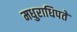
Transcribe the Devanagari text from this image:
मधुराधिपते